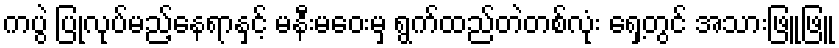
ကပွဲ ပြုလုပ်မည့်နေရာနှင့် မနီးမဝေးမှ ရွက်ထည်တဲတစ်လုံး ရှေ့တွင် အသားဖြူဖြူ